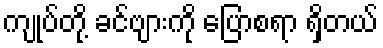
ကျုပ်တို့ ခင်ဗျားကို ပြောစရာ ရှိတယ်